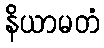
နိယာမတံ